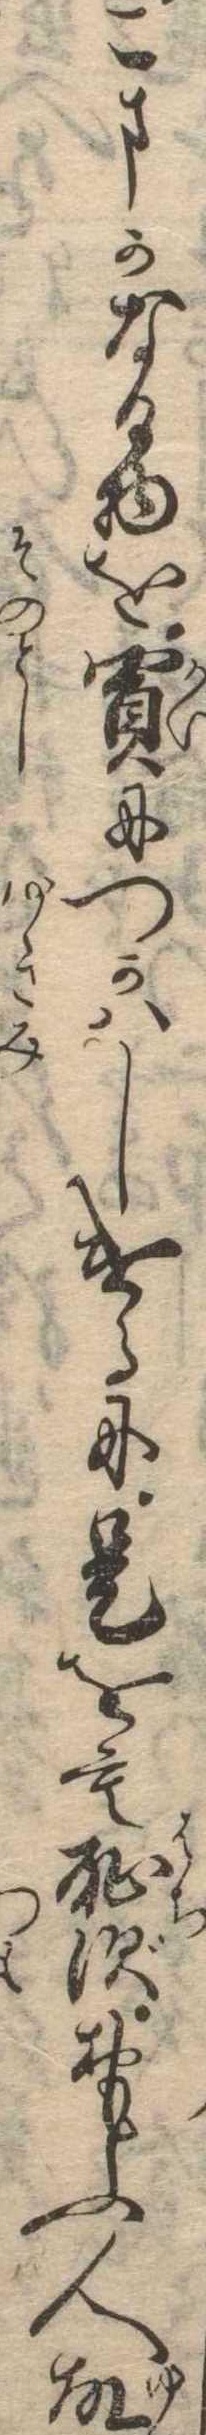
こまかなる物を買につかはしけるに是をも恥ずおもふ人故